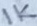
Text: 1K